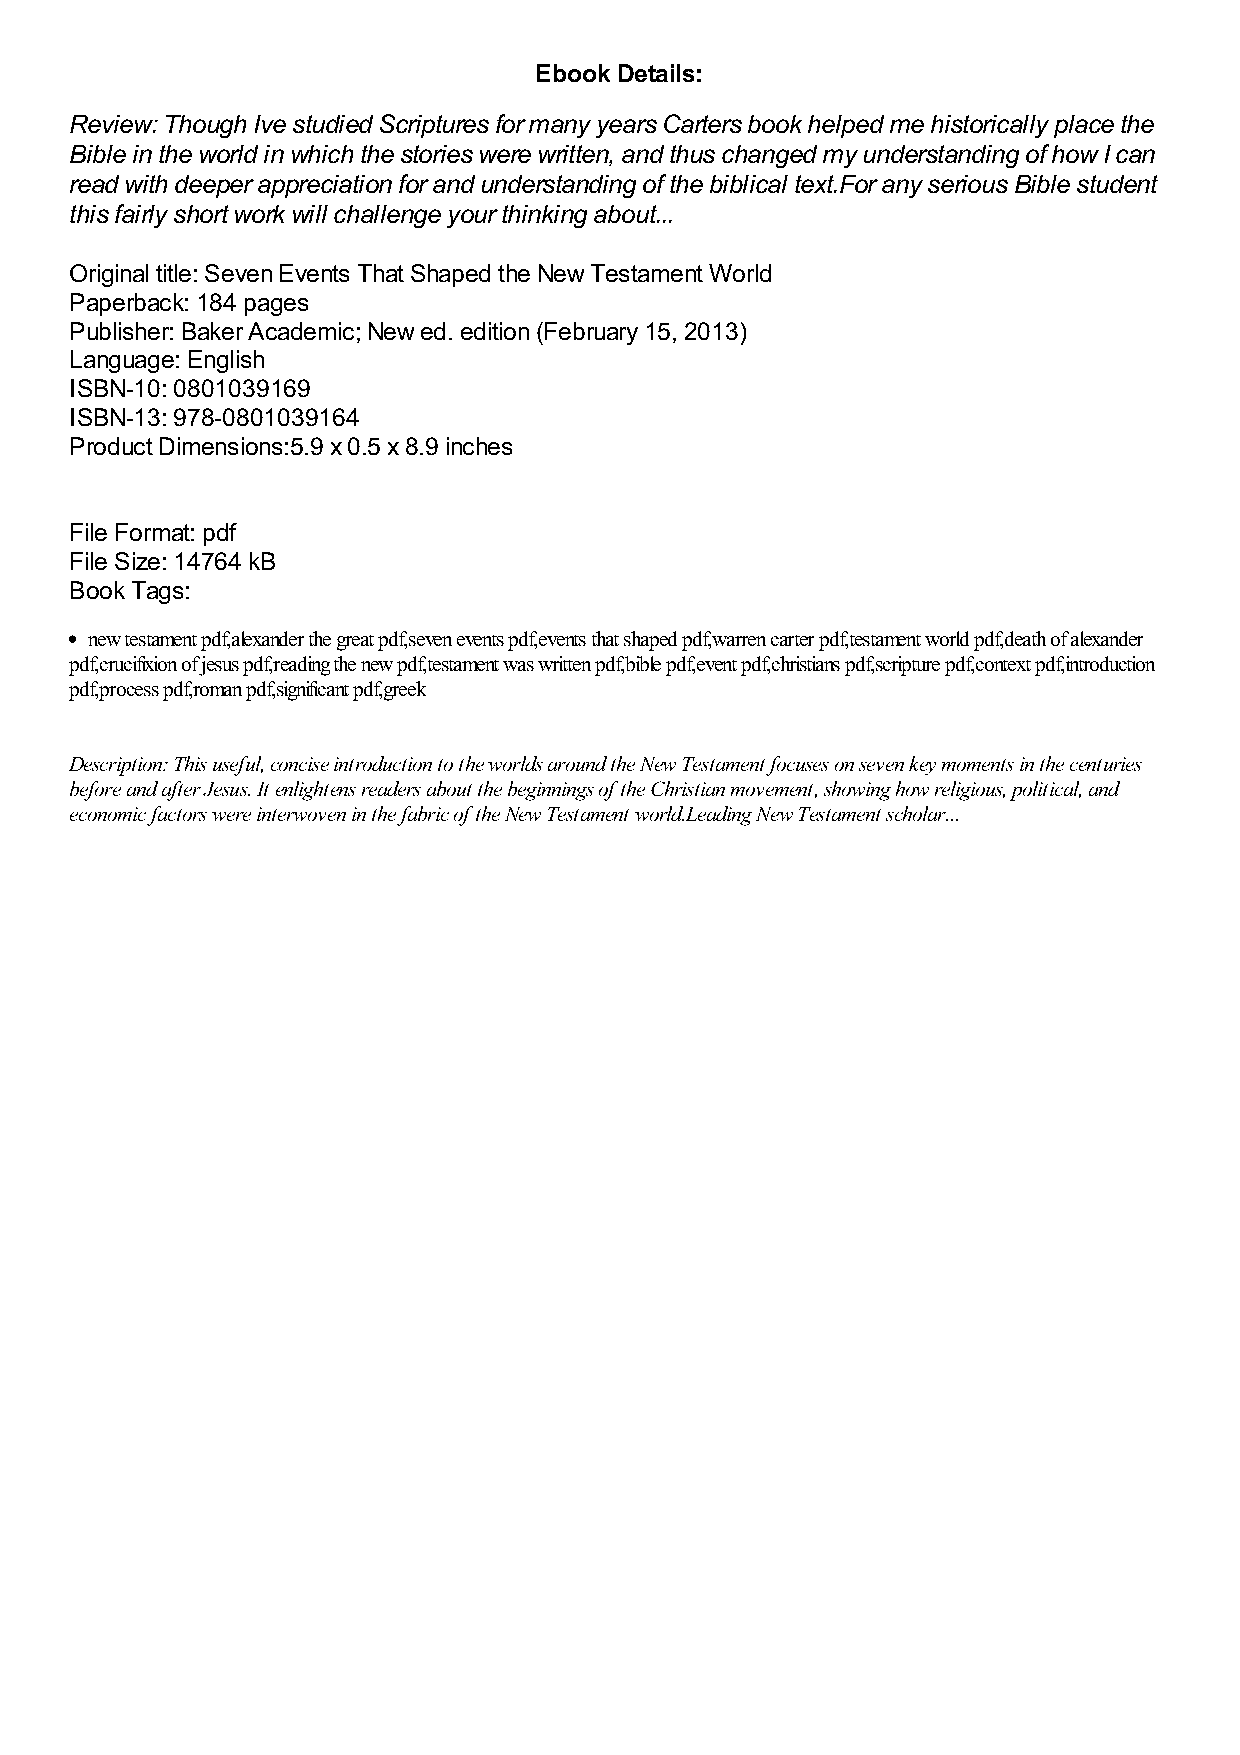
Ebook Details:
 Review: Though Ive studied Scriptures for many years Carters book helped me historically place the
 Bible in the world in which the stories were written, and thus changed my understanding of how I can
 read with deeper appreciation for and understanding of the biblical text.For any serious Bible student
 this fairly short work will challenge your thinking about...
 Original title: Seven Events That Shaped the New Testament World
 Paperback: 184 pages
 Publisher: Baker Academic; New ed. edition (February 15, 2013)
 Language: English
 ISBN-10: 0801039169
 ISBN-13: 978-0801039164
 Product Dimensions:5.9 x 0.5 x 8.9 inches
 File Format: pdf
 File Size: 14764 kB
 Book Tags:
 new testament pdf,alexander the great pdf,seven events pdf,events that shaped pdf,warren carter pdf,testament world pdf,death of alexander
 pdf,crucifixion of jesus pdf,reading the new pdf,testament was written pdf,bible pdf,event pdf,christians pdf,scripture pdf,context pdf,introduction
 pdf,process pdf,roman pdf,significant pdf,greek
 Description: This useful, concise introduction to the worlds around the New Testament focuses on seven key moments in the centuries
 before and after Jesus. It enlightens readers about the beginnings of the Christian movement, showing how religious, political, and
 economic factors were interwoven in the fabric of the New Testament world.Leading New Testament scholar...